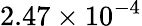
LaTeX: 2.47\times 10^{-4}